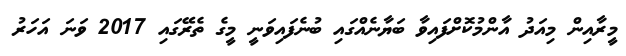
މީރާއިން މިއަދު އާންމުކޮށްފައިވާ ބަޔާނެއްގައި ބުނެފައިވަނީ މީގެ ތެރޭގައި 2017 ވަނަ އަހަރު